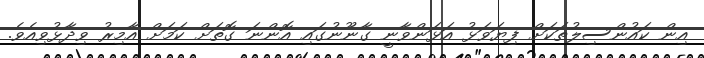
އިން ކައުންސިލުތަކަށް ފިޔަވަޅު އަޅަންވާނީ ގާނޫނުގައި އޮންނަ ގޮތަށް ކަމަށް އާމިރު ވިދާޅުވިއެވެ.